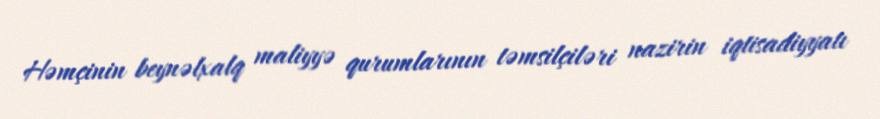
Həmçinin beynəlxalq maliyyə qurumlarının təmsilçiləri nazirin iqtisadiyyatı